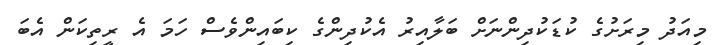
މިއަދު މިރަށުގެ ކުޑަކުދިންނަށް ބަލާއިރު އެކުދިންގެ ކިބައިންވެސް ހަމަ އެ ރީތިކަން އެބަ